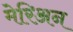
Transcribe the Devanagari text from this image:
मेरिअन